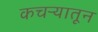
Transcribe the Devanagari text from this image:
कचऱ्यातून